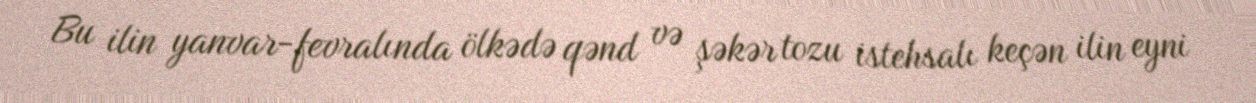
Bu ilin yanvar-fevralında ölkədə qənd və şəkər tozu istehsalı keçən ilin eyni